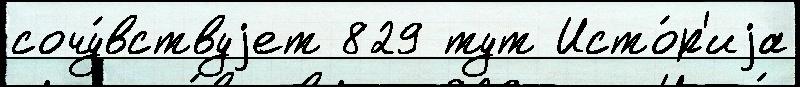
сочу́вствуjет 829 тут Исто́р'иjа